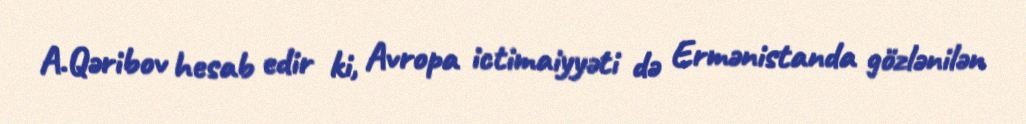
A.Qəribov hesab edir ki, Avropa ictimaiyyəti də Ermənistanda gözlənilən